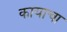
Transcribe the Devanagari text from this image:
कायाचा